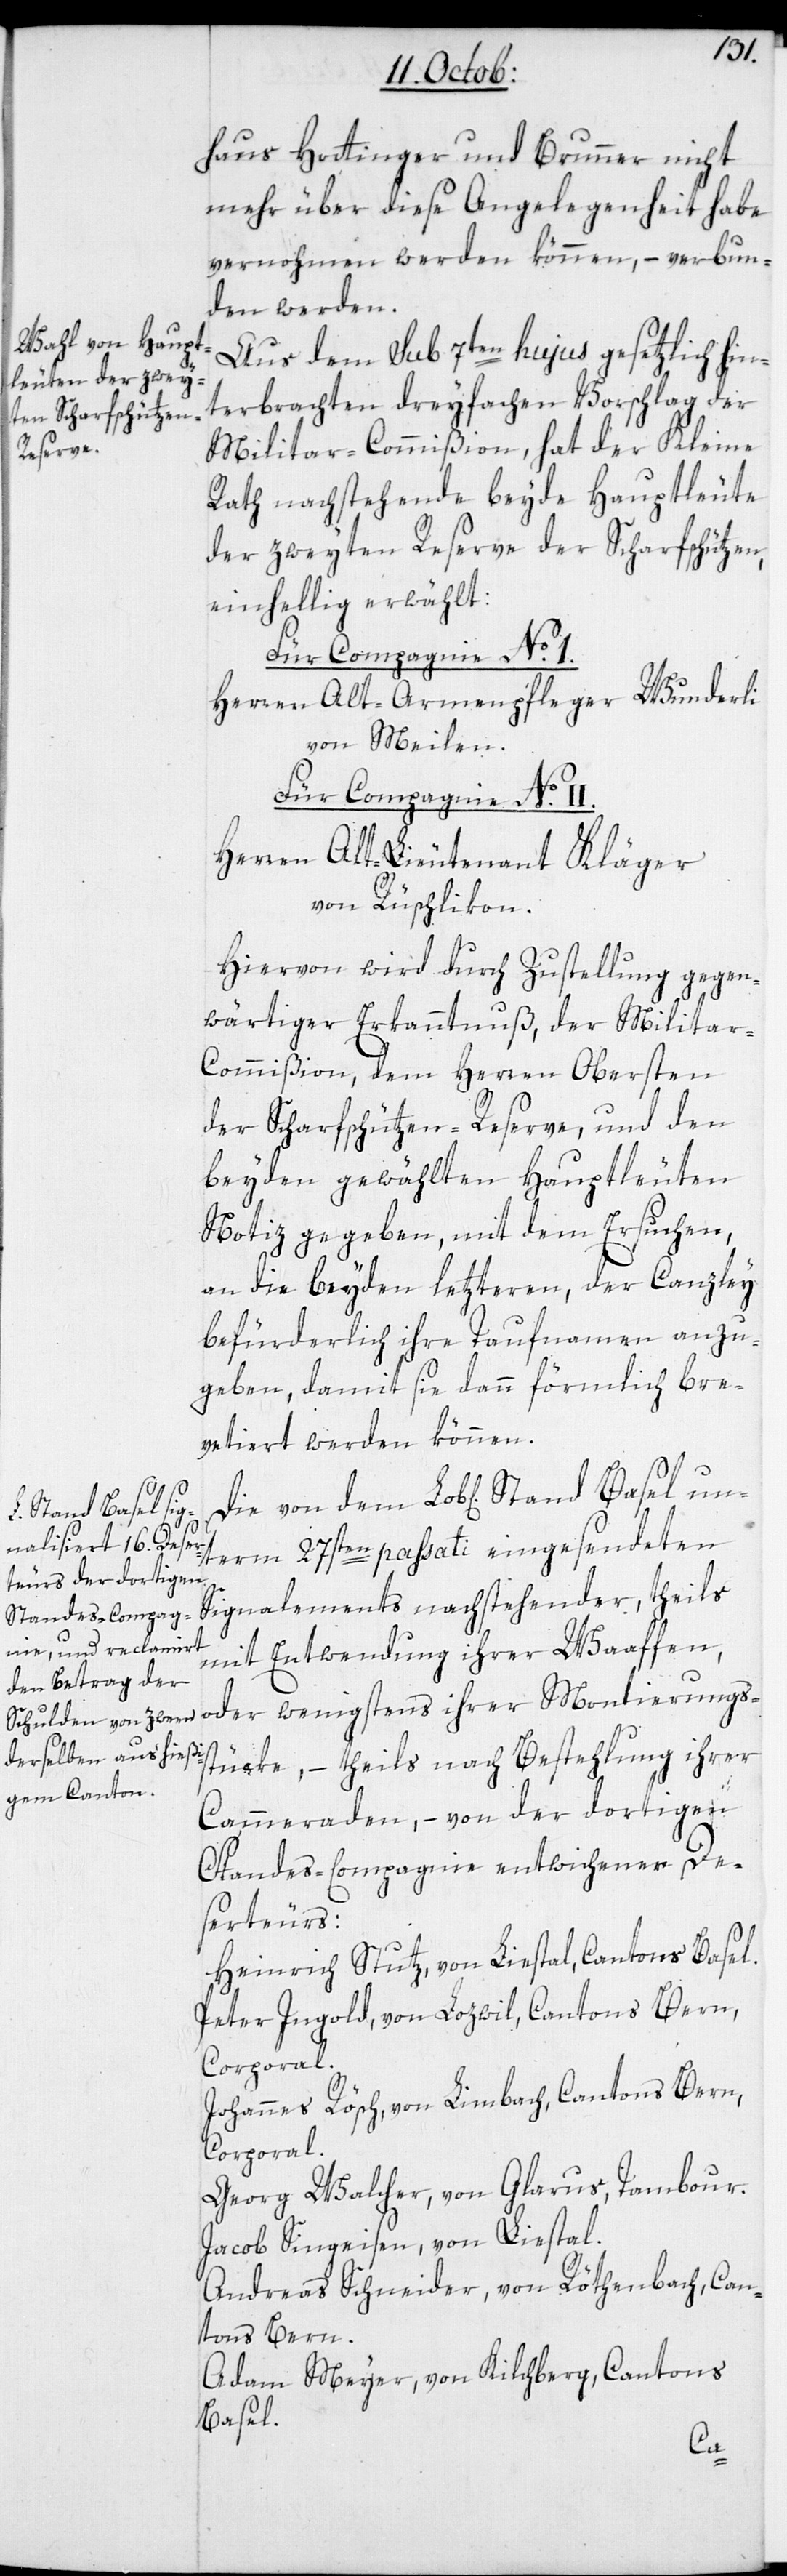
Stand Basel un¬

haus Hottinger & Brunner nicht
mehr über diese Angelegenheit habe
vernohmen werden können, – verbun¬
den werden.
Aus dem sub 7ten hujus gesetzlich hin¬
terbrachten dreyfachen Vorschlag der
Militar-Commißion, hat der Kleine
Rath nachstehende beyde Hauptleute
der zweyten Reserve der Scharfschützen,
einhellig erwählt:
Für Compagnie No 1.
Herren Alt-Armenpfleger Wunderli
von Meilen.
Für Compagnie No 2.
Herren Alt-Lieutenant Kläger
von Rüschlikon.
Hiervon wird durch Zustellung gegen¬
wärtiger Erkanntnuß der Milita¬
r-Commißion, dem Herren Obersten
der Scharfschützen-Reserve, und den
beyden gewählten Hauptleuten
Notiz gegeben, mit dem Ersuchen,
an die beyden lezteren, der Canzley
befürderlich ihre Taufnamen anzu¬
geben, damit sie dann förmlich bre¬
vetiert werden können.
term 27sten passati eingesendeten
Signalements nachstehender, theils
mit Entwendung ihrer Waaffen,
oder wenigstens ihrer Montierungs¬
stücke, – theils nach Bestehlung ihrer
Cameraden, – von der dortigen
Standescompagnie entwichener De¬
serteurs:
Heinrich Stutz, von Liestal, Cantons Basel.
Peter Ingold, von Lozwil, Cantons Bern,
Corporal.
Johannes Rösch, von Limbach, Cantons Bern,
Corporal.
Georg Walcher, von Glarus, Tambour.
Jacob Singeisen, von Liestal.
Andreas Schneider, von Röthenbach, Can¬
tons Bern.
Adam Meyer, von Kilchberg, Cantons
Basel.
dem